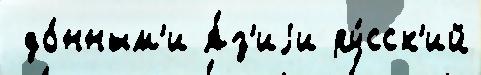
 до́нным'и А́з'иjи ру́сск'ий